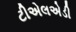
ટીએલએડી